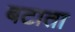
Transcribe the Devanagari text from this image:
बटाता